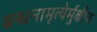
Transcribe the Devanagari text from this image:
बन्धनामृत्येर्मुक्षीय